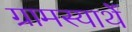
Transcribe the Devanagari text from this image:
ग्रामस्यार्थे